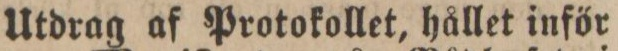
Utdrag af Protokollet, hållet inför